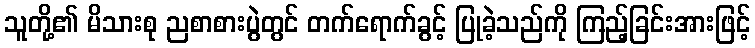
သူတို့၏ မိသားစု ညစာစားပွဲတွင် တက်ရောက်ခွင့် ပြုခဲ့သည်ကို ကြည့်ခြင်းအားဖြင့်